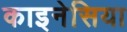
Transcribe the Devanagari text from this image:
काइनेसिया